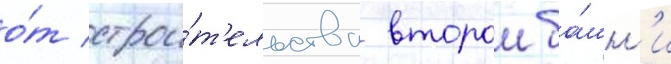
о́т строи́т'ельства второи ба́шн'и